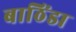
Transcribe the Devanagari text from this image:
बाठिंडा